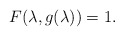
\begin{align*}F(\lambda,g(\lambda))=1. \end{align*}